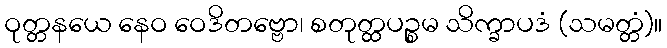
ဝုတ္တနယေ နေဝ ဝေဒိတဗ္ဗော၊ စတုတ္ထပဉ္စမ သိက္ခာပဒံ (သမတ္တံ)။